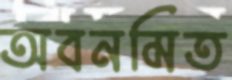
অবনমিত